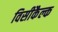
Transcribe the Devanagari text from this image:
विसीकैल्क